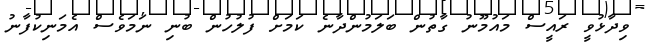
ވިދާޅުވީ ރައީސް މައުމޫނު ގާތުން ބަލަމުންދާނެ ކަމަށް ފުލުހުން ބުނި ނަމަވެސް އެމަނިކުފާނު